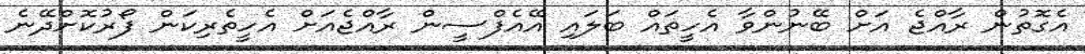
އެގޮތުން ރާއްޖެ އަށް ބޭނުންވާ އެހީތައް ބަލައި އޭއެފްސީން ރާއްޖެއަށް އެހީތެރިކަން ފޯރުކޮށްދޭނެ